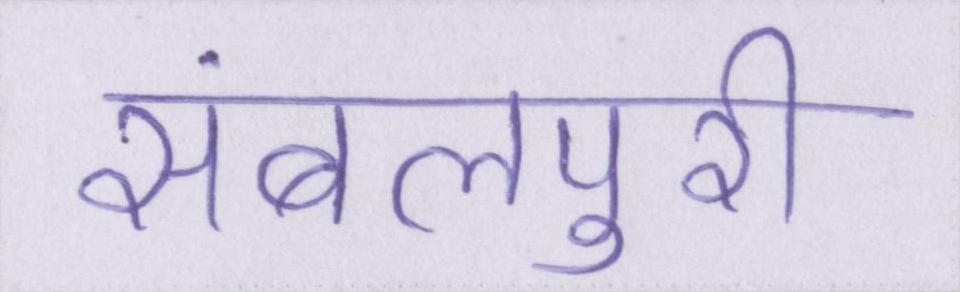
संबलपुरी